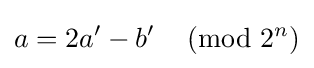
a=2a'-b'\,{\pmod {2^{n}}}